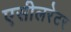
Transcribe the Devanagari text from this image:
एसीलरेटर